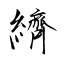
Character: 纃